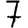
Digit: 7